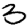
Digit: 3